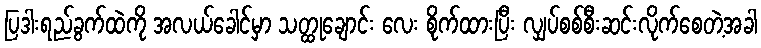
ပြဒါးရည်ခွက်ထဲကို အလယ်ခေါင်မှာ သတ္ထုချောင်း လေး စိုက်ထားပြီး လျှပ်စစ်စီးဆင်းလိုက်စေတဲ့အခါ